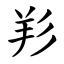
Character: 羏